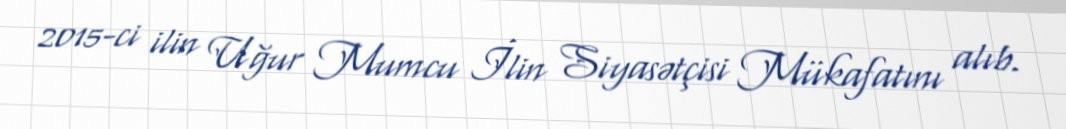
2015-ci ilin Uğur Mumcu İlin Siyasətçisi Mükafatını alıb.